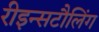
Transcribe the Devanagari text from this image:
रीइन्सटौलिंग